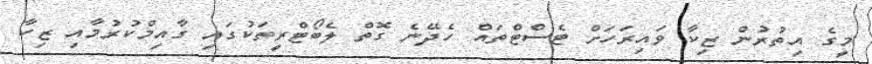
މީގެ އިތުރުން ޒިކާ ވައިރަހަށް ޓެސްޓްތައް ހެދޭނެ ގޮތް ލެބޯޓްރީތަކުގައި ގާއިމްކުރުމާއި ޒިކާ